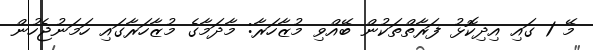
މޭ 1 ގައި އިދިކޮޅު ފަރާތްތަކުން ބޭއްވި މުޒާހަރާ: މާދަމާގެ މުޒާހަރާގައި ހަމަނުޖެހުން